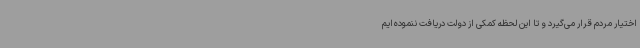
اختیار مردم قرار می‌گیرد و تا این لحظه کمکی از دولت دریافت ننموده‌ایم